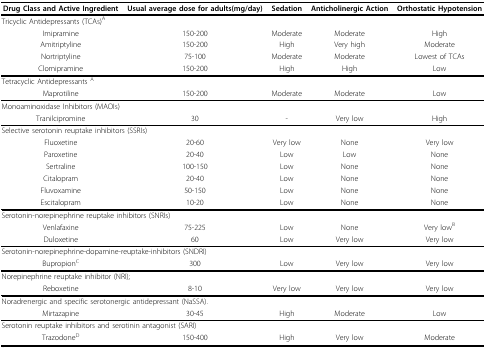
<table><thead><tr><td><b>Drug Class and Active Ingredient</b></td><td><b>Usual average dose for adults(mg/day)</b></td><td><b>Sedation</b></td><td><b>Anticholinergic Action</b></td><td><b>Orthostatic Hypotension</b></td></tr></thead><tbody><tr><td colspan="5">Tricyclic Antidepressants (TCAs)<sup>A</sup></td></tr><tr><td>Imipramine</td><td>150-200</td><td>Moderate</td><td>Moderate</td><td>High</td></tr><tr><td>Amitriptyline</td><td>150-200</td><td>High</td><td>Very high</td><td>Moderate</td></tr><tr><td>Nortriptyline</td><td>75-100</td><td>Moderate</td><td>Moderate</td><td>Lowest of TCAs</td></tr><tr><td>Clomipramine</td><td>150-200</td><td>High</td><td>High</td><td>Low</td></tr><tr><td colspan="5">Tetracyclic Antidepressants <sup>A</sup></td></tr><tr><td>Maprotiline</td><td>150-200</td><td>Moderate</td><td>Moderate</td><td>Low</td></tr><tr><td colspan="5">Monoaminoxidase Inhibitors (MAOIs)</td></tr><tr><td>Tranilcipromine</td><td>30</td><td>-</td><td>Very low</td><td>High</td></tr><tr><td colspan="5">Selective serotonin reuptake inhibitors (SSRIs)</td></tr><tr><td>Fluoxetine</td><td>20-60</td><td>Very low</td><td>None</td><td>Very low</td></tr><tr><td>Paroxetine</td><td>20-40</td><td>Low</td><td>Low</td><td>None</td></tr><tr><td>Sertraline</td><td>100-150</td><td>Low</td><td>None</td><td>None</td></tr><tr><td>Citalopram</td><td>20-40</td><td>Low</td><td>None</td><td>None</td></tr><tr><td>Fluvoxamine</td><td>50-150</td><td>Low</td><td>None</td><td>None</td></tr><tr><td>Escitalopram</td><td>10-20</td><td>Low</td><td>None</td><td>None</td></tr><tr><td colspan="5">Serotonin-norepinephrine reuptake inhibitors (SNRIs)</td></tr><tr><td>Venlafaxine</td><td>75-225</td><td>Low</td><td>None</td><td>Very low<sup>B</sup></td></tr><tr><td>Duloxetine</td><td>60</td><td>Low</td><td>Very low</td><td>Very low</td></tr><tr><td colspan="5">Serotonin-norepinephrine-dopamine-reuptake-inhibitors (SNDRI)</td></tr><tr><td>Bupropion<sup>C</sup></td><td>300</td><td>Low</td><td>Very low</td><td>Very low</td></tr><tr><td colspan="5">Norepinephrine reuptake inhibitor (NRI);</td></tr><tr><td>Reboxetine</td><td>8-10</td><td>Very low</td><td>Very low</td><td>Very low</td></tr><tr><td colspan="5">Noradrenergic and specific serotonergic antidepressant (NaSSA).</td></tr><tr><td>Mirtazapine</td><td>30-45</td><td>High</td><td>Moderate</td><td>Low</td></tr><tr><td colspan="5">Serotonin reuptake inhibitors and serotinin antagonist (SARI)</td></tr><tr><td>Trazodone<sup>D</sup></td><td>150-400</td><td>High</td><td>Very low</td><td>Moderate</td></tr></tbody></table>